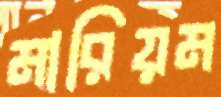
মারিয়ম